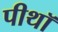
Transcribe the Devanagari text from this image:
पीथॉ